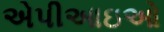
એપીઆઇઓ